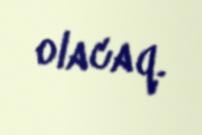
olacaq.